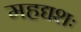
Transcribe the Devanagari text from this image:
महद्यशः